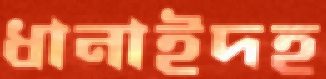
ধানাইদহ